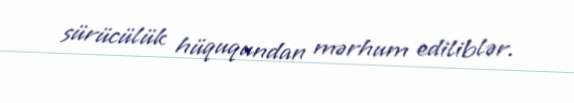
sürücülük hüququndan mərhum ediliblər.